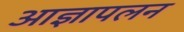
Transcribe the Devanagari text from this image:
आज्ञापलन